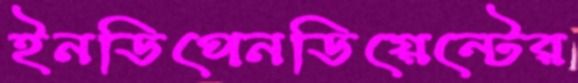
ইনডিপেনডিয়েন্টের